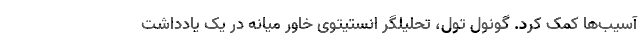
آسیب‌ها کمک کرد. گونول تول، تحلیلگر انستیتوی خاور میانه در یک یادداشت